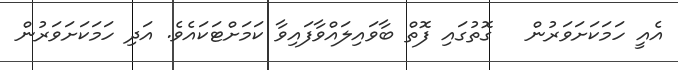
އެއީ ހަމަކަށަވަރުން   ގޮތުގައި ފޮތް ބާވައިލައްވާފައިވާ ކަމަށްޓަކައެވެ. އަދި ހަމަކަށަވަރުން